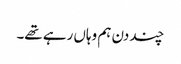
چند دن ہم وہاں رہے تھے۔